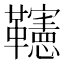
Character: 𩍹